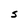
Character: S